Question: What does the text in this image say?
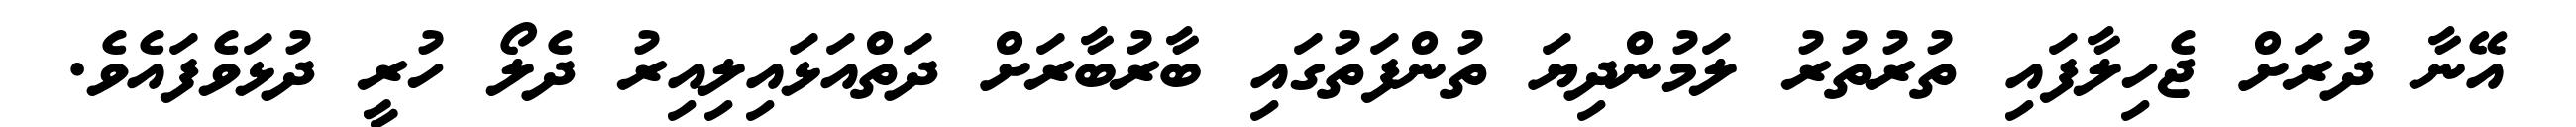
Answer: އޭނާ ދުރަށް ޖެހިލާފައި ތުރުތުރު ލަމުންދިޔަ ތުންފަތުގައި ބާރުބާރަށް ދަތްއަޅައިލިއިރު ދެލޯ ހުރީ ދުޅަވެފައެވެ.